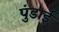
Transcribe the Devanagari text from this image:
पुंडाई